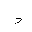
Letter: _dal